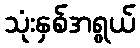
သုံးနှစ်အရွယ်